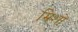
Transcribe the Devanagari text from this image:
म्रिशो